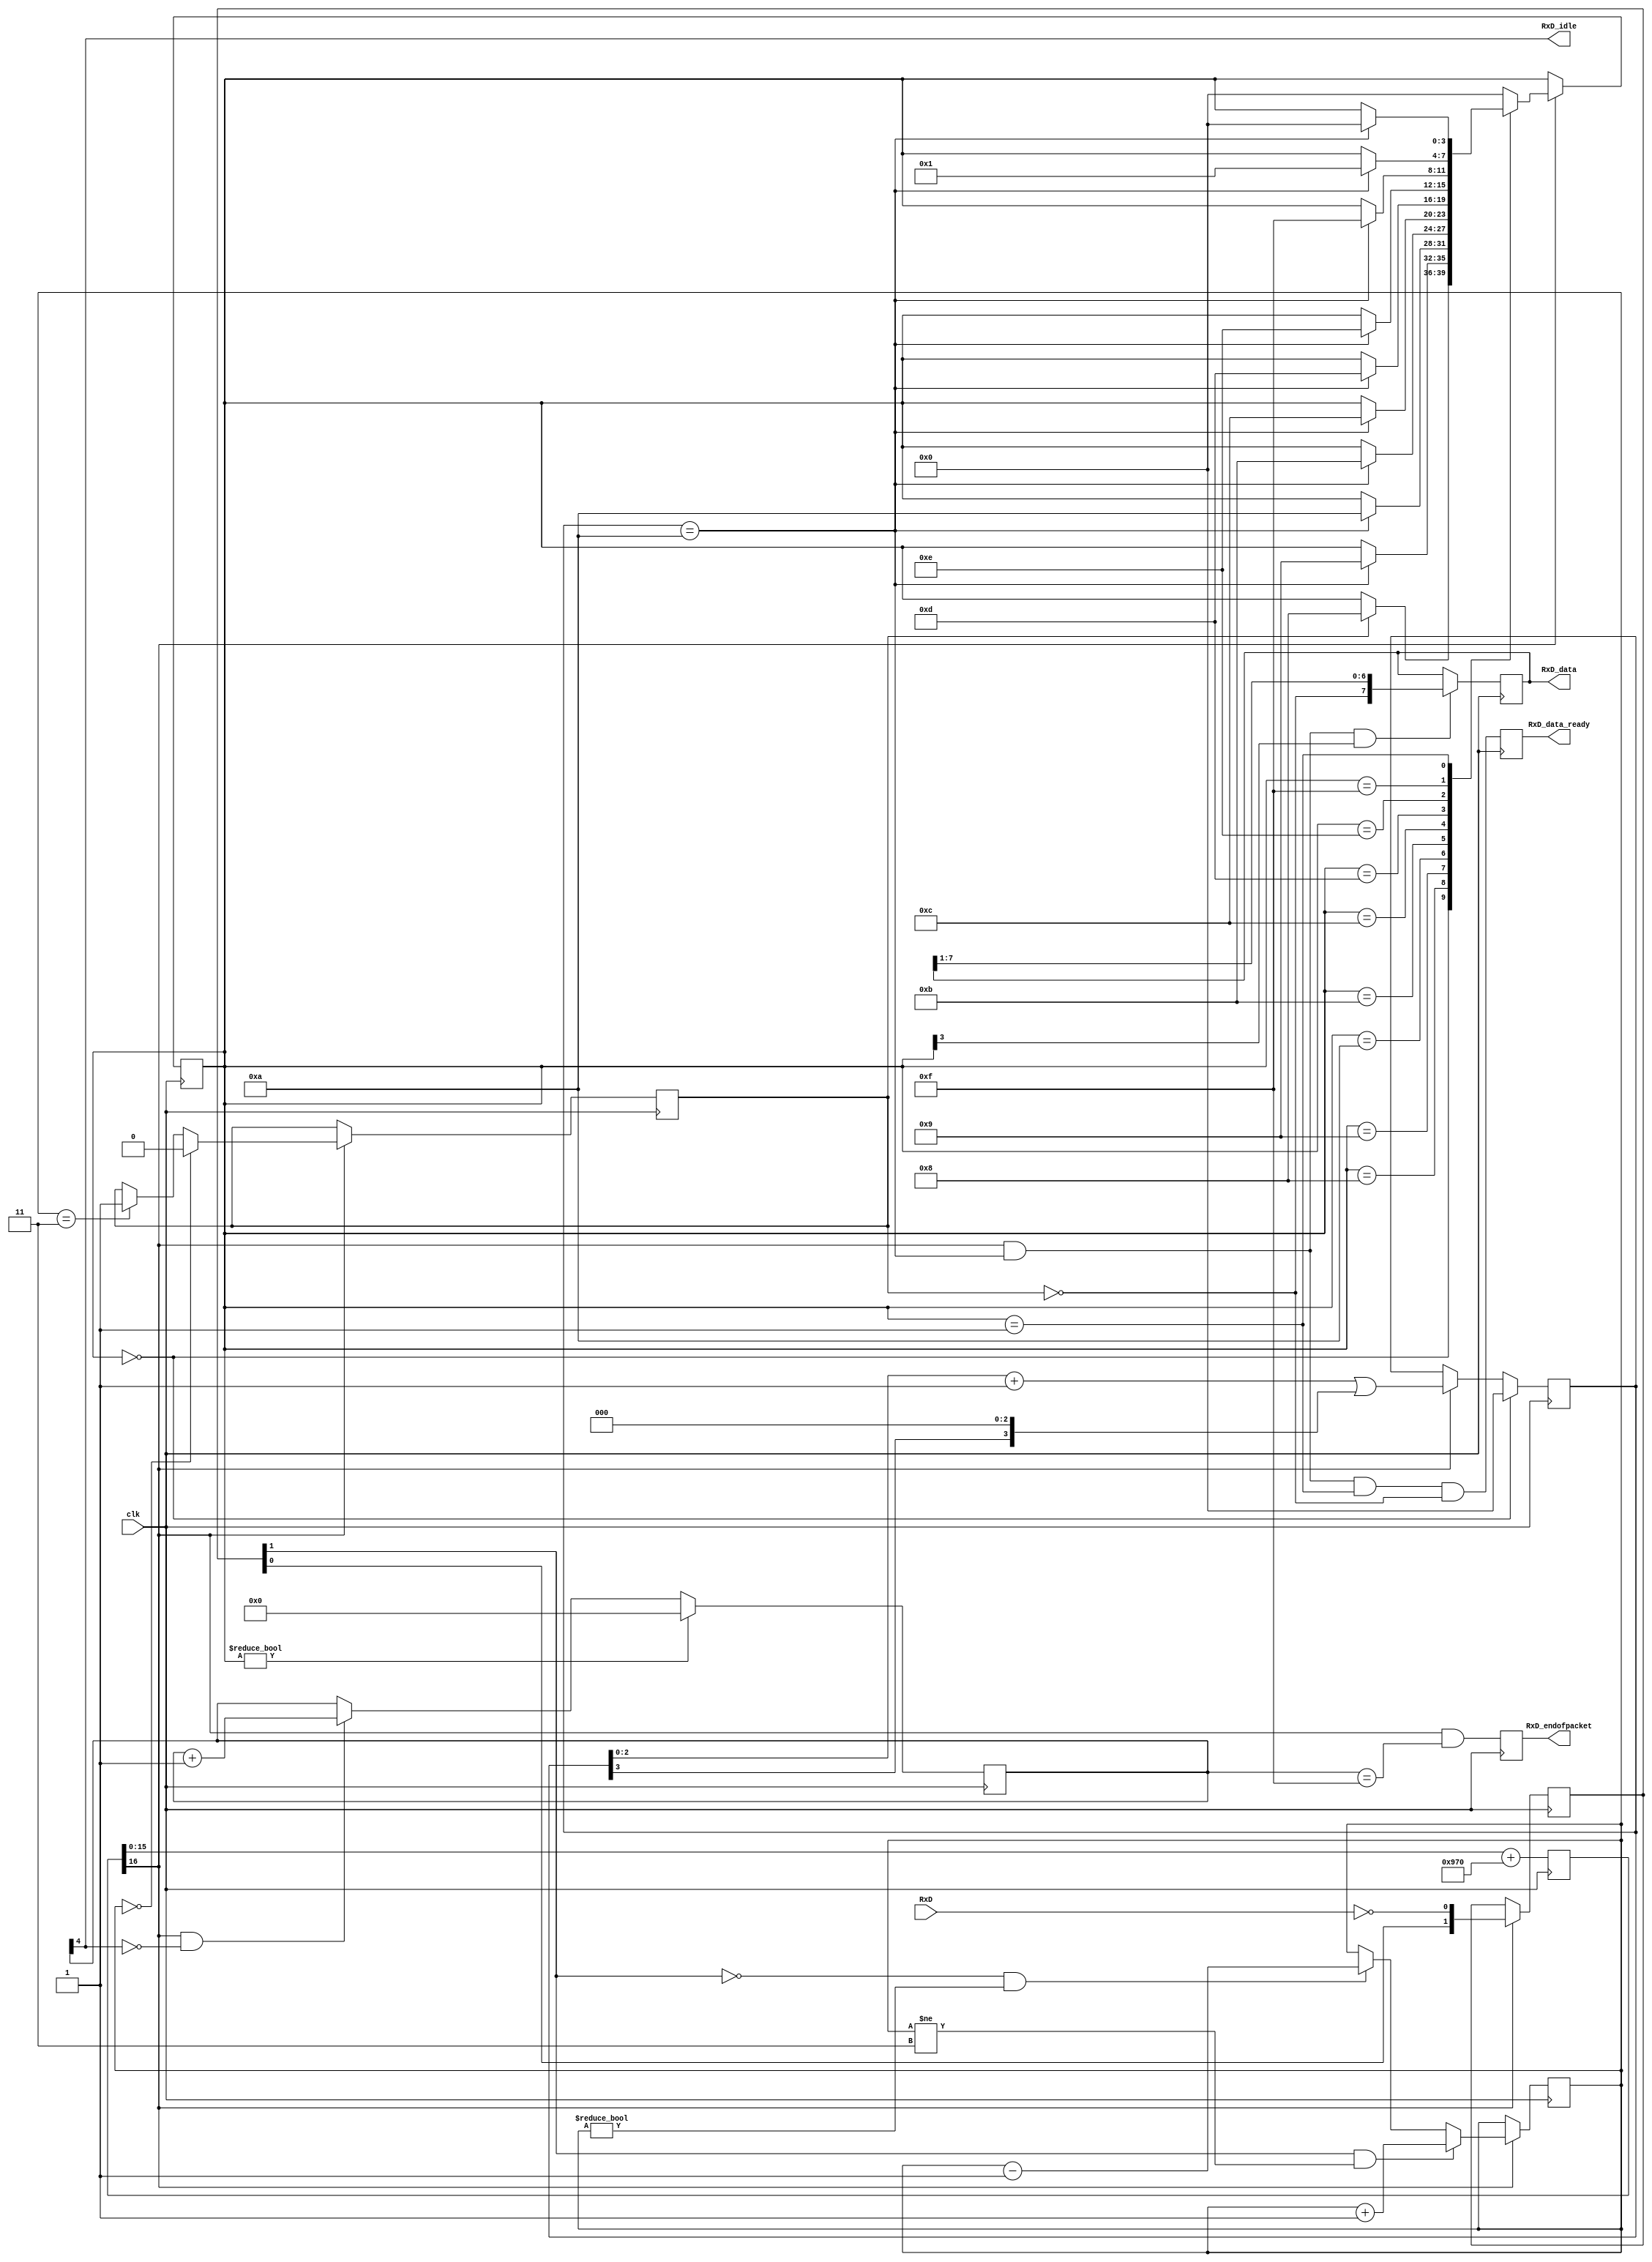
// RS-232 RX module
// (c) fpga4fun.com KNJN LLC - 2003, 2004, 2005, 2006

module async_receiver(clk, RxD, RxD_data_ready, RxD_data, RxD_endofpacket, RxD_idle);
input clk, RxD;
output RxD_data_ready;  // onc clock pulse when RxD_data is valid
output [7:0] RxD_data;

parameter ClkFrequency = 25000000; // 25MHz
parameter Baud = 115200;

// We also detect if a gap occurs in the received stream of characters
// That can be useful if multiple characters are sent in burst
//  so that multiple characters can be treated as a "packet"
output RxD_endofpacket;  // one clock pulse, when no more data is received (RxD_idle is going high)
output RxD_idle;  // no data is being received

// Baud generator (we use 8 times oversampling)
parameter Baud8 = Baud*8;
parameter Baud8GeneratorAccWidth = 16;
wire [Baud8GeneratorAccWidth:0] Baud8GeneratorInc = ((Baud8<<(Baud8GeneratorAccWidth-7))+(ClkFrequency>>8))/(ClkFrequency>>7);
reg [Baud8GeneratorAccWidth:0] Baud8GeneratorAcc;
always @(posedge clk) Baud8GeneratorAcc <= Baud8GeneratorAcc[Baud8GeneratorAccWidth-1:0] + Baud8GeneratorInc;
wire Baud8Tick = Baud8GeneratorAcc[Baud8GeneratorAccWidth];

////////////////////////////
reg [1:0] RxD_sync_inv;
always @(posedge clk) if(Baud8Tick) RxD_sync_inv <= {RxD_sync_inv[0], ~RxD};
// we invert RxD, so that the idle becomes "0", to prevent a phantom character to be received at startup

reg [1:0] RxD_cnt_inv;
reg RxD_bit_inv;

always @(posedge clk)
if(Baud8Tick)
begin
	if( RxD_sync_inv[1] && RxD_cnt_inv!=2'b11) RxD_cnt_inv <= RxD_cnt_inv + 2'h1;
	else 
	if(~RxD_sync_inv[1] && RxD_cnt_inv!=2'b00) RxD_cnt_inv <= RxD_cnt_inv - 2'h1;

	if(RxD_cnt_inv==2'b00) RxD_bit_inv <= 1'b0;
	else
	if(RxD_cnt_inv==2'b11) RxD_bit_inv <= 1'b1;
end

reg [3:0] state;
reg [3:0] bit_spacing;

// "next_bit" controls when the data sampling occurs
// depending on how noisy the RxD is, different values might work better
// with a clean connection, values from 8 to 11 work
wire next_bit = (bit_spacing==4'd10);

always @(posedge clk)
if(state==0)
	bit_spacing <= 4'b0000;
else
if(Baud8Tick)
	bit_spacing <= {bit_spacing[2:0] + 4'b0001} | {bit_spacing[3], 3'b000};

always @(posedge clk)
if(Baud8Tick)
case(state)
	4'b0000: if(RxD_bit_inv) state <= 4'b1000;  // start bit found?
	4'b1000: if(next_bit) state <= 4'b1001;  // bit 0
	4'b1001: if(next_bit) state <= 4'b1010;  // bit 1
	4'b1010: if(next_bit) state <= 4'b1011;  // bit 2
	4'b1011: if(next_bit) state <= 4'b1100;  // bit 3
	4'b1100: if(next_bit) state <= 4'b1101;  // bit 4
	4'b1101: if(next_bit) state <= 4'b1110;  // bit 5
	4'b1110: if(next_bit) state <= 4'b1111;  // bit 6
	4'b1111: if(next_bit) state <= 4'b0001;  // bit 7
	4'b0001: if(next_bit) state <= 4'b0000;  // stop bit
	default: state <= 4'b0000;
endcase

reg [7:0] RxD_data;
always @(posedge clk)
if(Baud8Tick && next_bit && state[3]) RxD_data <= {~RxD_bit_inv, RxD_data[7:1]};

reg RxD_data_ready, RxD_data_error;
always @(posedge clk)
begin
	RxD_data_ready <= (Baud8Tick && next_bit && state==4'b0001 && ~RxD_bit_inv);  // ready only if the stop bit is received
	RxD_data_error <= (Baud8Tick && next_bit && state==4'b0001 &&  RxD_bit_inv);  // error if the stop bit is not received
end

reg [4:0] gap_count;
always @(posedge clk) if (state!=0) gap_count<=5'h00; else if(Baud8Tick & ~gap_count[4]) gap_count <= gap_count + 5'h01;
assign RxD_idle = gap_count[4];
reg RxD_endofpacket; always @(posedge clk) RxD_endofpacket <= Baud8Tick & (gap_count==5'h0F);

endmodule